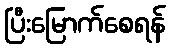
ပြီးမြောက်စေရန်